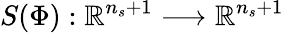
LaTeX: S(\Phi):\mathbb{R}^{n_{s}+1}\longrightarrow\mathbb{R}^{n_{s}+1}